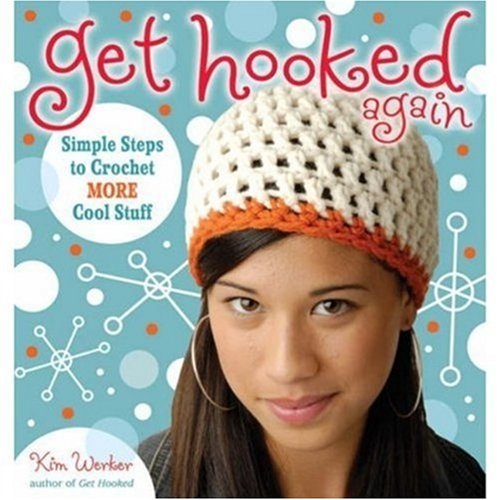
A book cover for Get Hooked Again: Simple Steps to Crochet More Cool Stuff; Kim Werker; Teen & Young Adult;